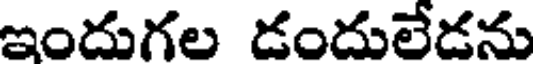
ఇందుగల డందులేడను